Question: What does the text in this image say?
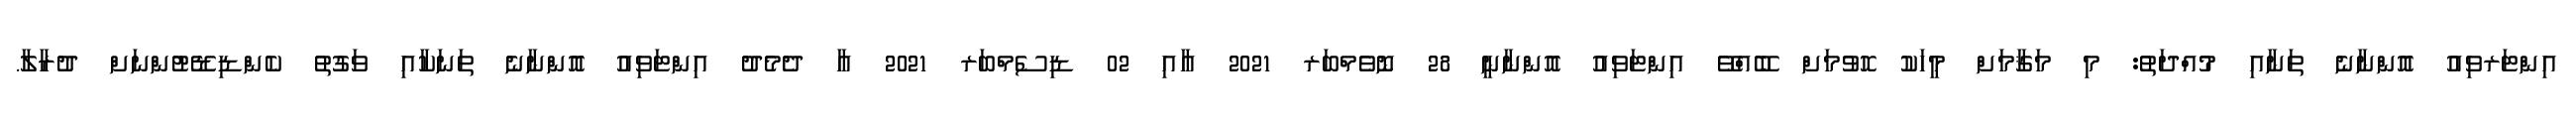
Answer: އިންޓަރވިއު އޮންނާނެ ތަނާއި މުއްދަތު: މި މަޤާމަށް މީހަކު ހޮވުމަށް ބޭއްވޭ އިންޓަވިއު އޮންނާނީ 28 ނޮވެމްބަރ 2021 އާއި 02 ޑިސެމްބަރ 2021 އާ ދެމެދު އިންޓަވިއު އޮންނާނެ ތަނަކާއި ވަގުތު ކެންޑިޑޭޓުންނަށް ދުރާލާ.